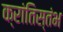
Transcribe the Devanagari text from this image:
क्रांतिस्तंभ